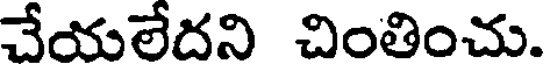
చేయలేదని చింతించు.